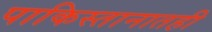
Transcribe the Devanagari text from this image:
पाकिस्तानातही